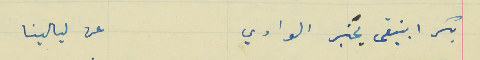
بكرا بيبقى يخبر الوادي                                                عن ليالينا